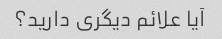
آیا علائم دیگری دارید؟